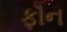
ફૉન